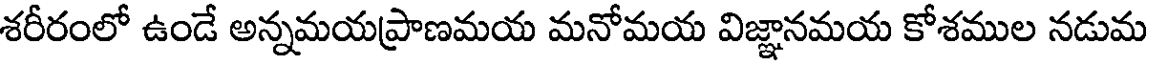
శరీరంలో ఉండే అన్నమయప్రాణమయ మనోమయ విజ్ఞానమయ కోశముల నడుమ